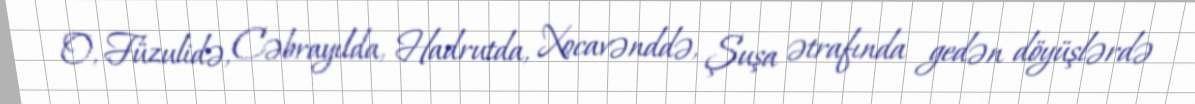
O, Füzulidə, Cəbrayılda, Hadrutda, Xocavənddə, Şuşa ətrafında gedən döyüşlərdə